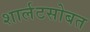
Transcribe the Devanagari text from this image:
शार्लटसोबत